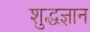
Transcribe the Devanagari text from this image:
शुद्धज्ञान